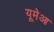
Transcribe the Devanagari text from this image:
यूमेआ